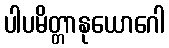
ပါပမိတ္တာနုယောဂေါ